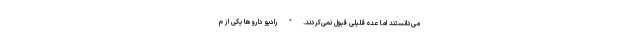
می‌دانستند اما عده‌ قلیلی قبول نمی‌کردند. * رادیو داروها یکی از م